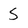
Character: S